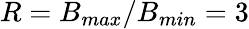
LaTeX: R=B_{max}/B_{min}=3